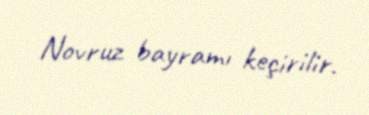
Novruz bayramı keçirilir.